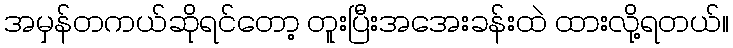
အမှန်တကယ်ဆိုရင်တော့ တူးပြီးအအေးခန်းထဲ ထားလို့ရတယ်။